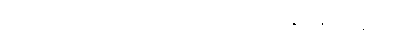
(အာစရိယာ၊ ဆရာတို့သည်။) ဝဒန္တိ၊ ဆိုကုန်၏။